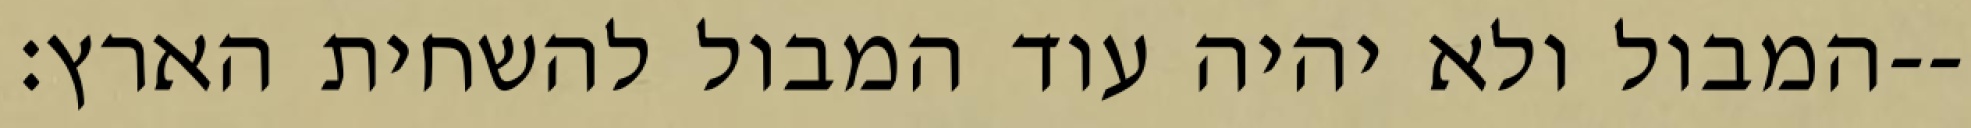
המבול ולא יהיה עוד המבול להשחית הארץ׃--